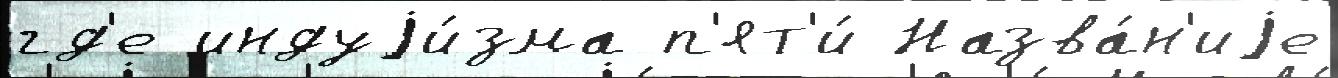
гд'е индуjи́зма п'ят'и́ Назва́н'иjе